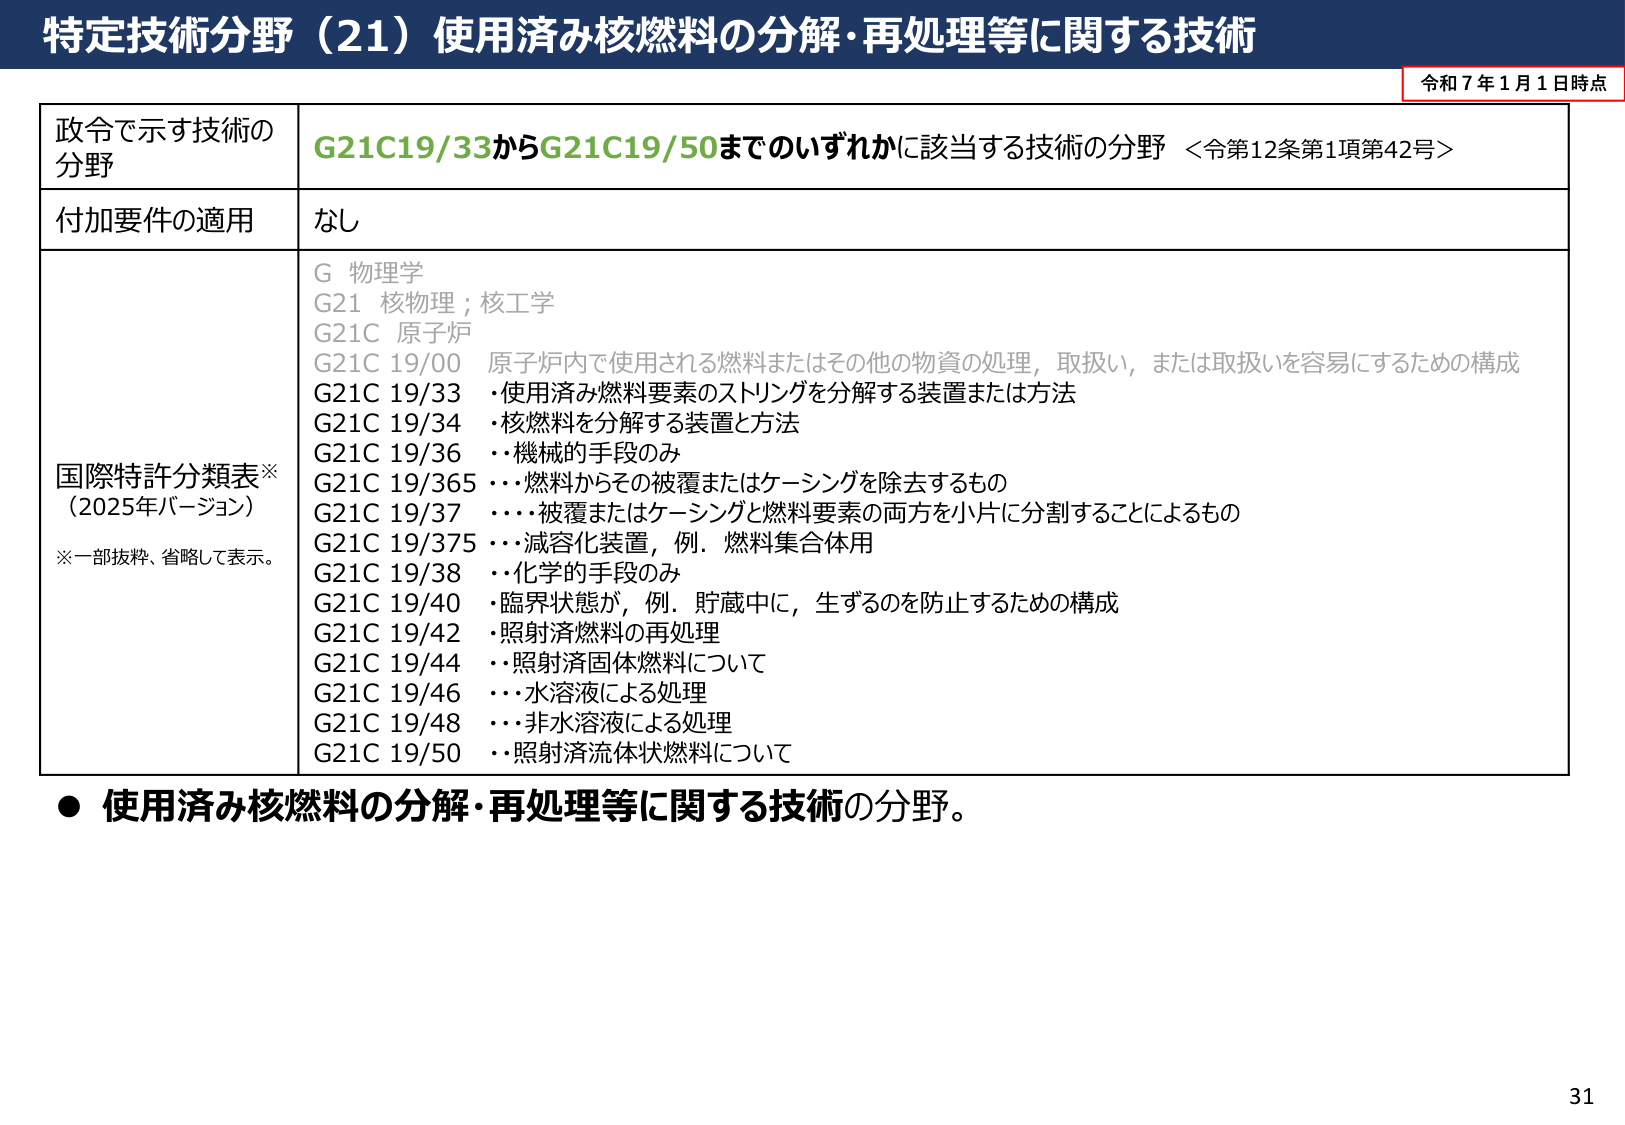
特定技術分野（21）使用済み核燃料の分解・再処理等に関する技術

令和7年1月1日時点

政令で示す技術の分野
G21C19/33からG21C19/50までのいずれかに該当する技術の分野 ＜令第12条第1項第42号＞

付加要件の適用
なし

国際特許分類表※
（2025年バージョン）
※一部抜粋、省略して表示。

G 物理学
G21 核物理；核工学
G21C 原子炉
G21C 19/00 原子炉内で使用される燃料またはその他の物資の処理，取扱い，または取扱いを容易にするための構成
G21C 19/33 ・使用済み燃料要素のストリングを分解する装置または方法
G21C 19/34 ・核燃料を分解する装置と方法
G21C 19/36 ・・機械的手段のみ
G21C 19/365 ・・・燃料からその被覆またはケーシングを除去するもの
G21C 19/37 ・・・被覆またはケーシングと燃料要素の両方を小片に分割することによるもの
G21C 19/375 ・・・減容化装置，例．燃料集合体用
G21C 19/38 ・・化学的手段のみ
G21C 19/40 ・臨界状態が，例．貯蔵中に，生ずるのを防止するための構成
G21C 19/42 ・照射済燃料の再処理
G21C 19/44 ・・照射済固体燃料について
G21C 19/46 ・・・水溶液による処理
G21C 19/48 ・・・非水溶液による処理
G21C 19/50 ・・照射済流体状燃料について

● 使用済み核燃料の分解・再処理等に関する技術の分野。

31